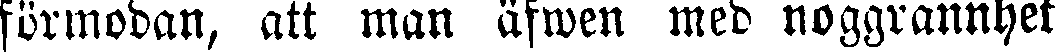
förmodan, att man äfwen med noggrannhet